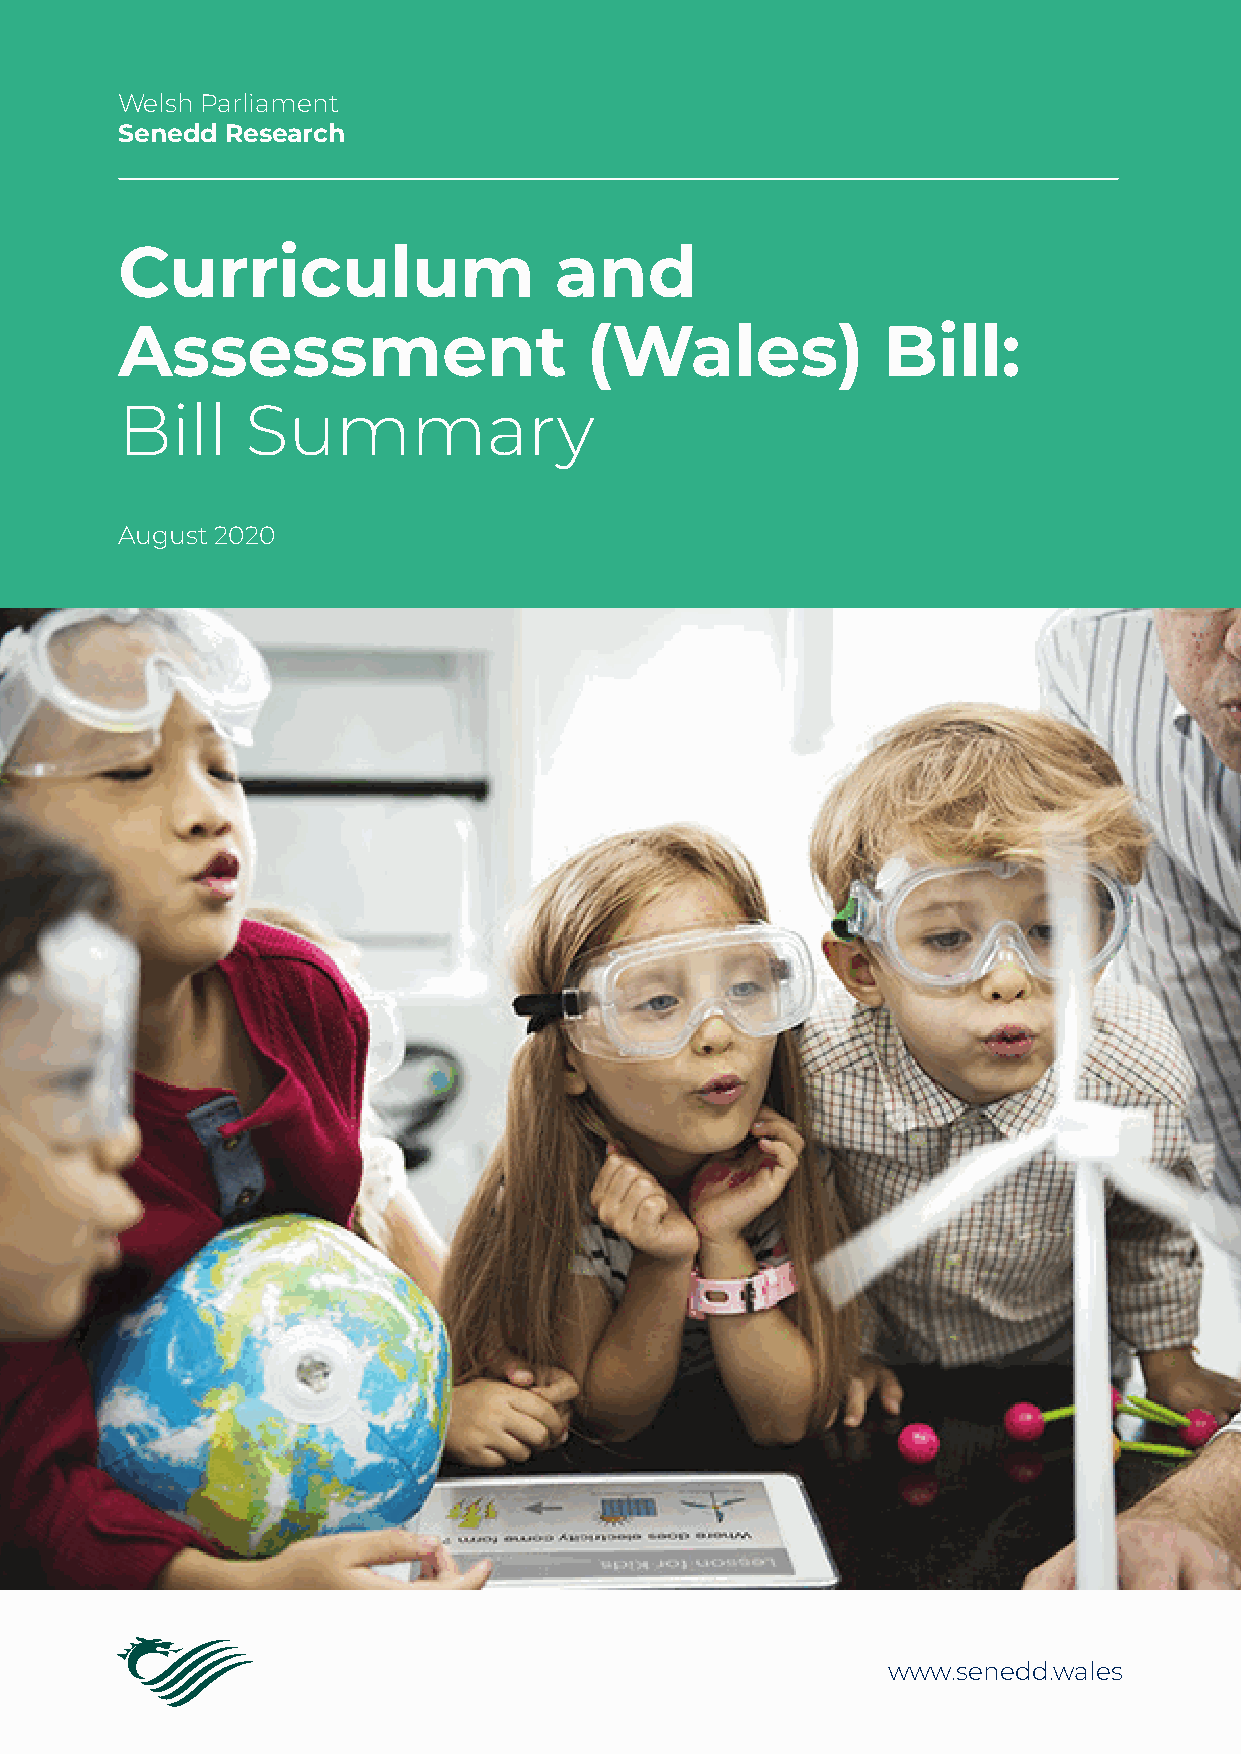
Welsh Parliament
 Senedd Research
 Curriculum                   and
 Assessment                     (Wales)            Bill:
 Bill    Summary
 August 2020
 www.senedd.wales